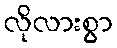
လိုလားစွာ